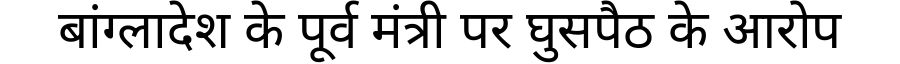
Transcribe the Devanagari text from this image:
बांग्लादेश के पूर्व मंत्री पर घुसपैठ के आरोप